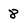
Character: 8